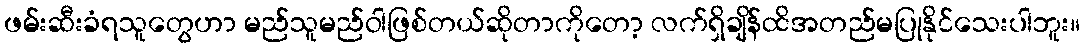
ဖမ်းဆီးခံရသူတွေဟာ မည်သူမည်ဝါဖြစ်တယ်ဆိုတာကိုတော့ လက်ရှိချိန်ထိအတည်မပြုနိုင်သေးပါဘူး။